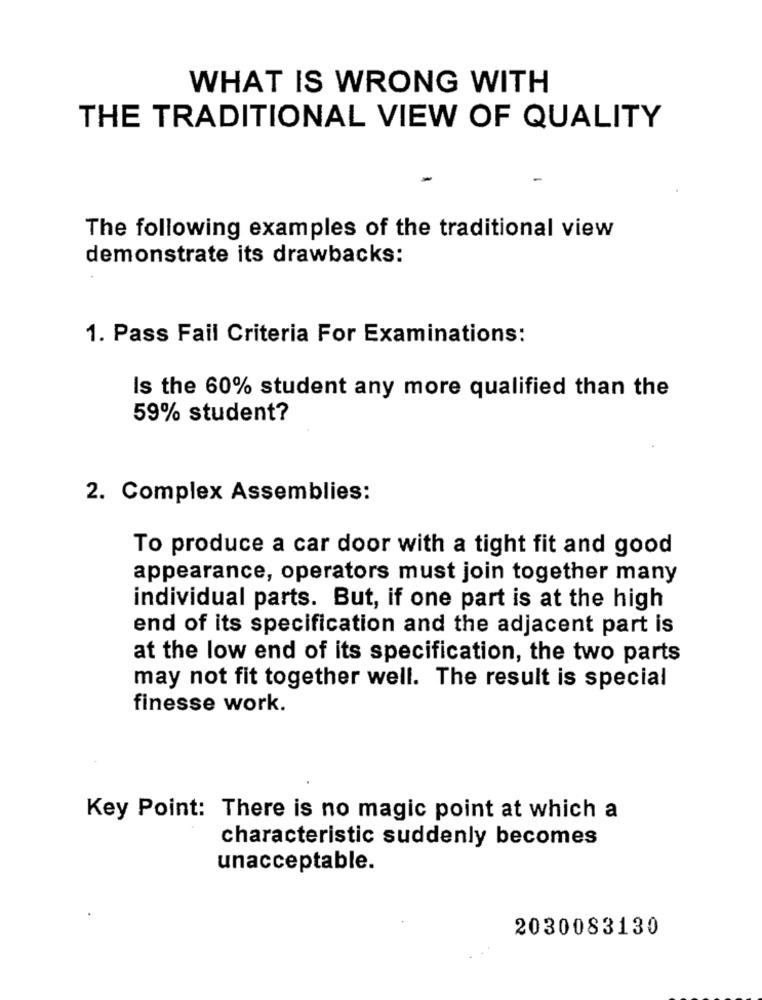
WHAT IS WRONG WITH
THE TRADITIONAL VIEW OF QUALITY
The following examples of the traditional view
demonstrate its drawbacks:
1. Pass Fail Criteria For Examinations:
Is the 60% student any more qualified than the
59% student?
2. Complex Assemblies:
To produce a car door with a tight fit and good
appearance, operators must join together many
individual parts. But, if one part is at the high
end of its specification and the adjacent part is
at the low end of its specification, the two parts
may not fit together well. The result is special
finesse work.
Key Point: There is no magic point at which a
characteristic suddenly becomes
unacceptable.
2030083130